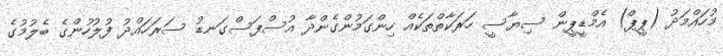
މުހައްމަދު (ޕީޕް) އެމްޑީޕީން ސިޔާސީ ހަރަކާތްތަކެއް ހިންގަމުންގެންދާ އުސްފަސްގަނޑު ސަރަހައްދު ފުލުހުންގެ ބެލުމުގެ